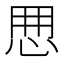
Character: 𢘼